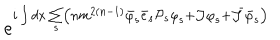
e ^ { i \int d x \sum _ { s } \left( n m ^ { 2 \left( n - 1 \right) } { \bar { \varphi } } _ { s } { \bar { e } } _ { s } { { \cal P } } _ { s } { \varphi } _ { s } + { \cal J } { \varphi } _ { s } + \bar { { \cal J } } { \bar { \varphi } } _ { s } \right) }